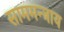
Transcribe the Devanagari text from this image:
साममन्त्राय